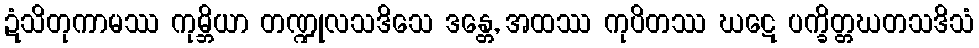
ဍံသိတုကာမဿ ကုမ္ဘိယာ တဏ္ဍုလသဒိသေ ဒန္တေ, အထဿ ကုပိတဿ ဃဋေ ပက္ခိတ္တဃတသဒိသံ